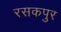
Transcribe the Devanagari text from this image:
रसकपुर